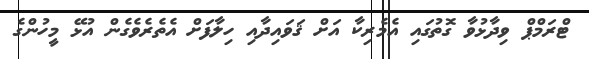
ޓްރަމްޕް ވިދާޅުވާ ގޮތުގައި އެމެރިކާ އަށް ޤަވައިދާއި ހިލާފަށް އެތެރެވެގެން އުޅޭ މީހުންގެ